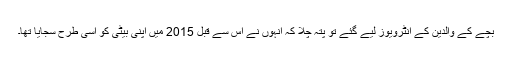
بچے کے والدین کے انٹرویوز لیے گئے تو پتہ چلا کہ انہوں نے اس سے قبل 2015 میں اپنی بیٹی کو اسی طرح سجایا تھا۔